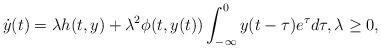
LaTeX: \begin{align*} \dot y(t) = \lambda h(t,y) + \lambda^2 \phi(t,y(t)) \int _{-\infty }^{0} y(t- \tau )e^\tau d\tau, \lambda\geq 0,\end{align*}